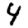
Digit: 4